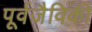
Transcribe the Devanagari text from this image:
पूर्वजैविकी